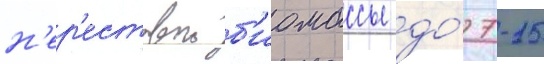
н'ер'естовои б'иомассы до́ 7-15